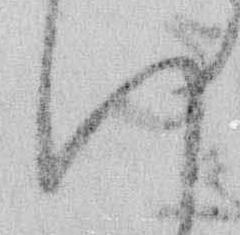
い